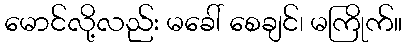
မောင်လို့လည်း မခေါ် စေချင်၊ မကြိုက်။